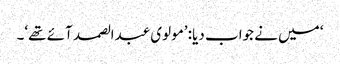
‘ میں نے جواب دیا: ’مولوی عبدالصمد آئے تھے‘۔